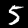
Digit: 5